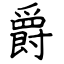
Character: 爵